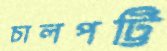
চালপট্টি